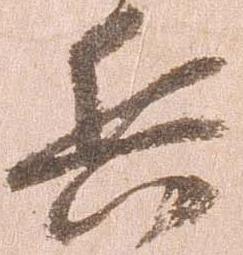
兵